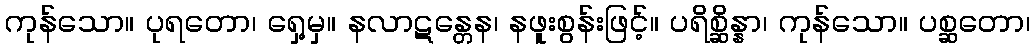
ကုန်သော။ ပုရတော၊ ရှေ့မှ။ နလာဋန္တေန၊ နဖူးစွန်းဖြင့်။ ပရိစ္ဆိန္နာ၊ ကုန်သော။ ပစ္ဆတော၊